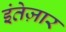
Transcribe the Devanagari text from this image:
इंतेज़ार